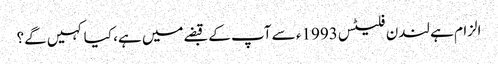
الزام ہے لندن فلیٹس 1993ء سے آپ کے قبضےمیں ہے، کیا کہیں گے؟